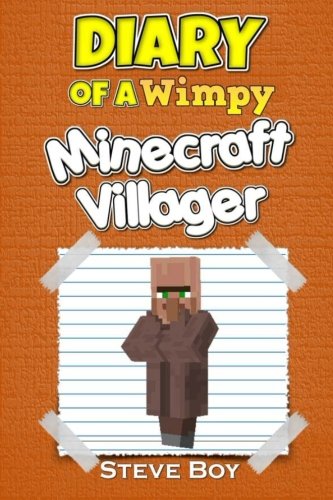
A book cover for Minecraft: Diary of a Wimpy Minecraft Villager: (An Unofficial Minecraft Book): Minecraft Books for Kids; Steve Boy; Humor & Entertainment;